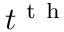
t ^ { \mathrm { ~ t ~ h ~ } }